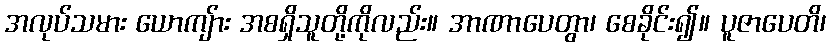
အလုပ်သမား ယောကျ်ား အစရှိသူတို့ကိုလည်း။ အာဏာပေတွာ၊ စေခိုင်း၍။ ပူဇာပေတိ၊